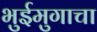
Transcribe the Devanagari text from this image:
भुईमुगाचा